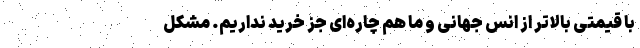
با قیمتی بالاتر از انس جهانی و ما هم چاره‌ای جز خرید نداریم. مشکل